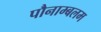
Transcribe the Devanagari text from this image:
पौनाम्बलम